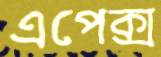
এপেক্স